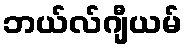
ဘယ်လ်ဂျီယမ်